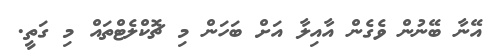
އޭނާ ބޭނުން ވެގެން އާއިލާ އަށް ބަހަން މި ޗޮކްލެޓްތައް މި ގަތީ.